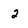
Character: 2